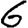
Digit: 6